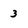
Character: 3